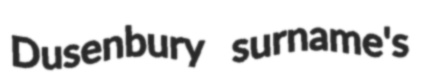
Dusenbury surname's